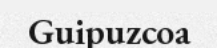
Guipuzcoa